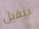
نيفيل